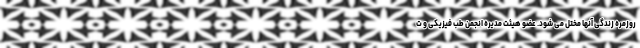
روزمره زندگی آنها مختل می شود. عضو هیئت مدیره انجمن طب فیزیکی و ت